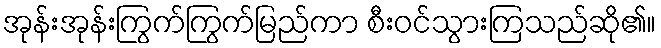
အုန်းအုန်းကြွက်ကြွက်မြည်ကာ စီးဝင်သွားကြသည်ဆို၏။